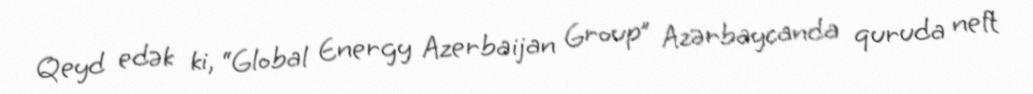
Qeyd edək ki, “Global Energy Azerbaijan Group” Azərbaycanda quruda neft